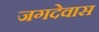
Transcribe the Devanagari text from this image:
जगदेवास